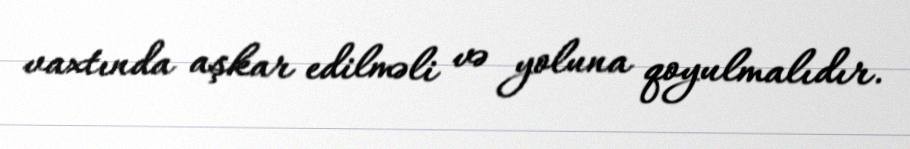
vaxtında aşkar edilməli və yoluna qoyulmalıdır.